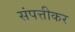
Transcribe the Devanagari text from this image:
संपत्तीकर